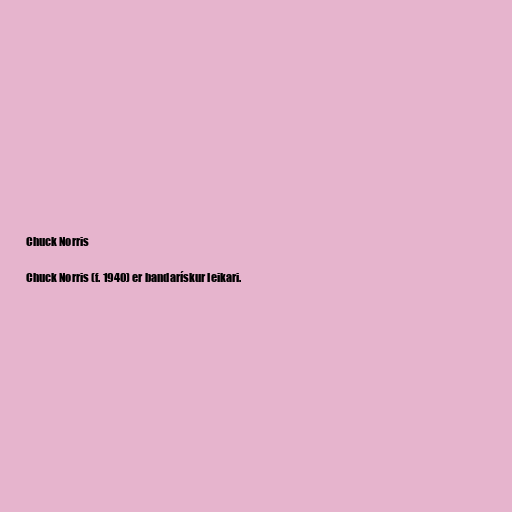
Chuck Norris

Chuck Norris (f. 1940) er bandarískur leikari.